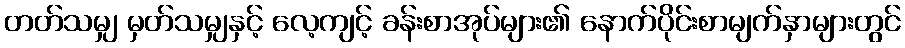
တတ်သမျှ မှတ်သမျှနှင့် လေ့ကျင့် ခန်းစာအုပ်များ၏ နောက်ပိုင်းစာမျက်နှာများတွင်